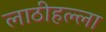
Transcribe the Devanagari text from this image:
लाठीहल्ला